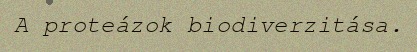
A proteázok biodiverzitása.